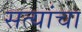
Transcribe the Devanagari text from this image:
सत्यांचा